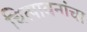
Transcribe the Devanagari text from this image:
चित्पावनांचा